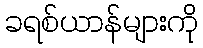
ခရစ်ယာန်များကို